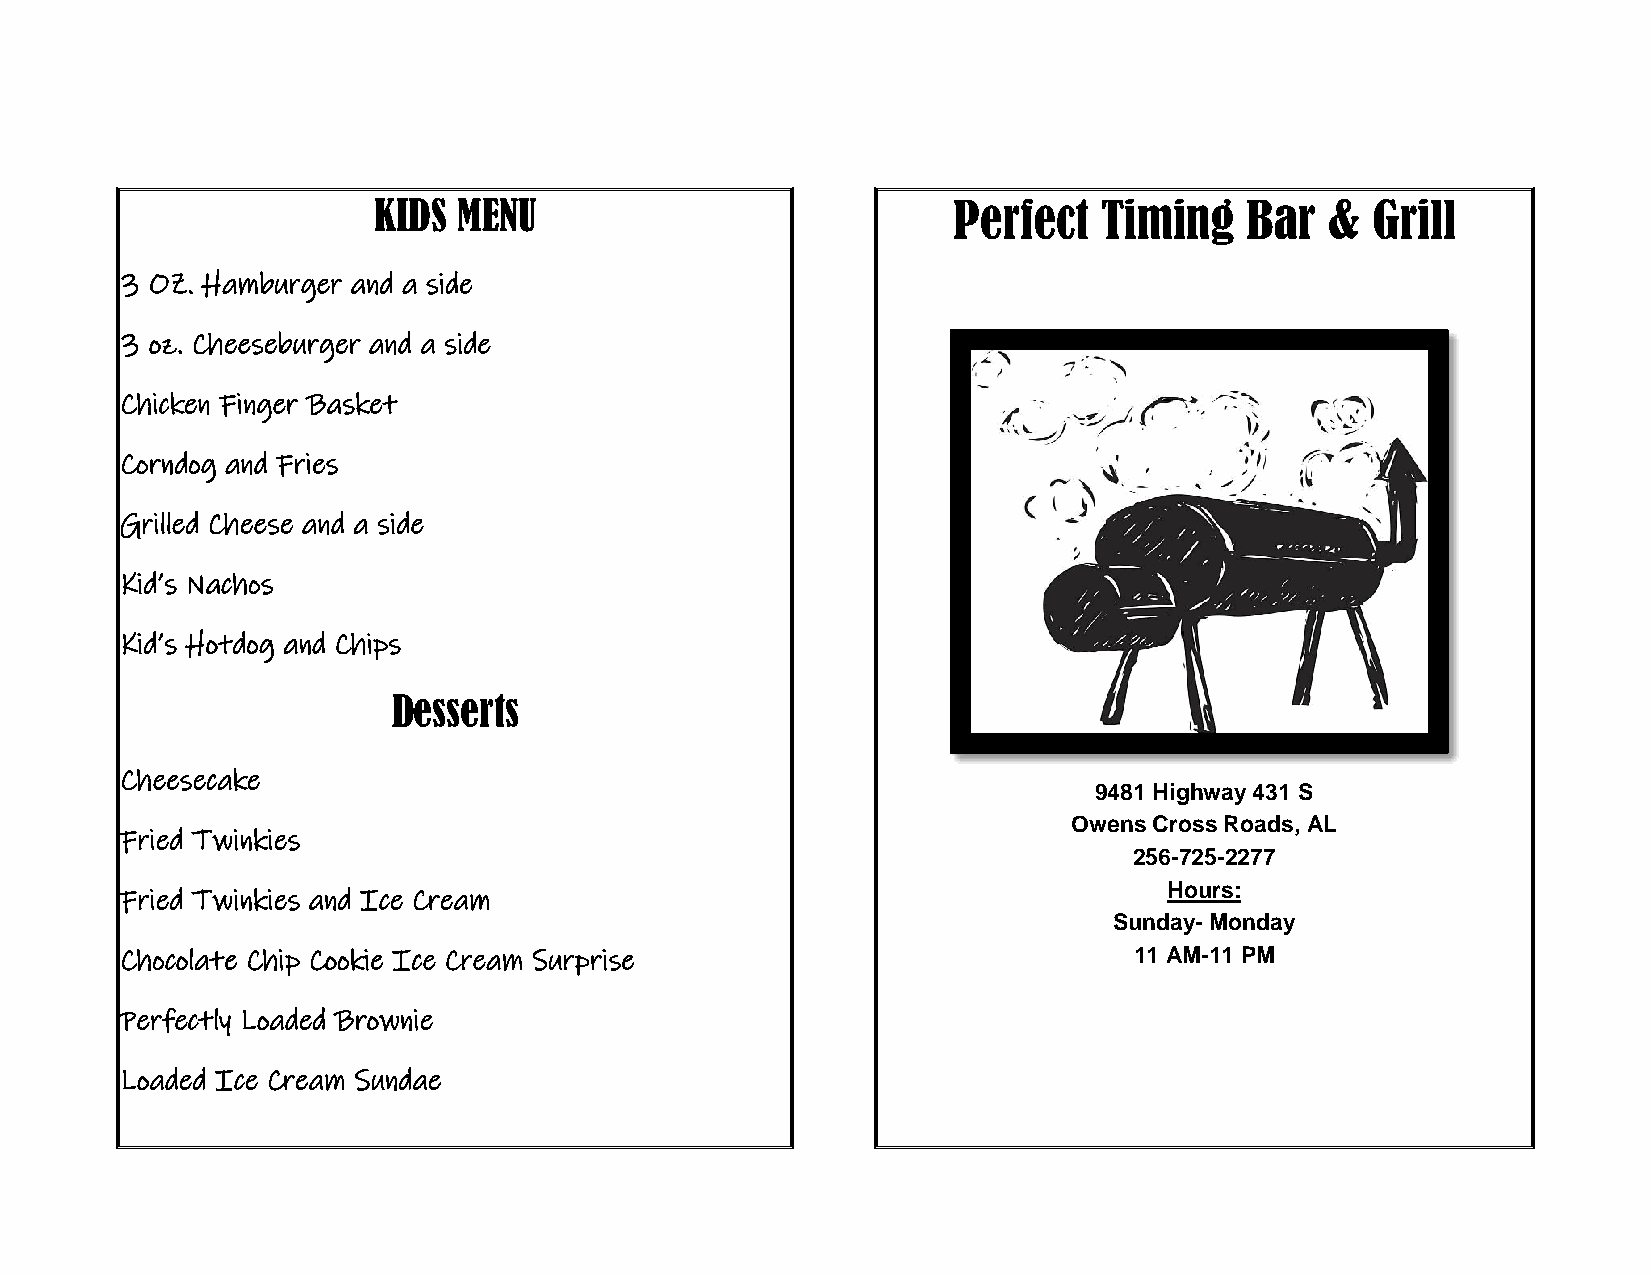
KIDS MENU                             Perfect   Timing   Bar   &  Grill
 3 OZ. Hamburger and a side            $5.00
 3 oz. Cheeseburger and a side         $5.50
 Chicken Finger Basket                 $5,50
 Corndog and Fries                     $3.99
 Grilled Cheese and a side             $3.75
 Kid’s Nachos                          $5.00
 Kid’s Hotdog and Chips                 $5.00
 Desserts
 Cheesecake                             $4.79
 9481 Highway 431 S
 Owens Cross Roads, AL
 Fried Twinkies                         $4.00
 256-725-2277
 Hours:
 Fried Twinkies and Ice Cream           $5.00
 Sunday- Monday
 Chocolate Chip Cookie Ice Cream Surprise $5.29                     11 AM-11 PM
 Perfectly Loaded Brownie               $5.50
 Loaded Ice Cream Sundae                $3.50